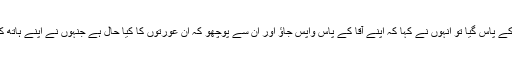
جب قاصد ان کے پاس گیا تو انہوں نے کہا کہ اپنے آقا کے پاس واپس جاؤ اور ان سے پوچھو کہ ان عورتوں کا کیا حال ہے جنہوں نے اپنے ہاتھ کاٹ لیے تھے۔